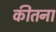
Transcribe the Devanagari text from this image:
कीतना